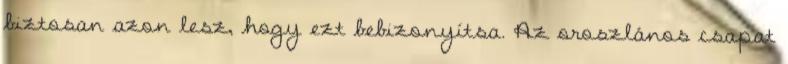
biztosan azon lesz, hogy ezt bebizonyítsa. Az oroszlános csapat